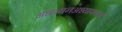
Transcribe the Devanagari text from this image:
अध्ययनअध्यापनाचे